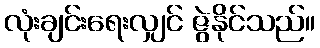
လုံးချင်းရေးလျှင် ဇွဲနိုင်သည်။